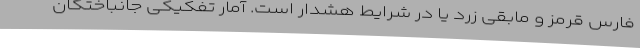
فارس قرمز و مابقی زرد یا در شرایط هشدار است. آمار تفکیکی جانباختگان